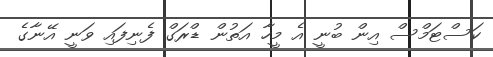
ކަސްޓަމްސް އިން ބުނީ އެ މީހާ އަތުން ޑްރަގް ފެނިފައި ވަނީ އޭނާގެ